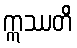
ဣဿတိ